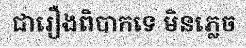
ជារឿងពិបាកទេ មិនភ្លេច